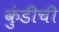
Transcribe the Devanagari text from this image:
कुंडीची